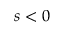
s < 0